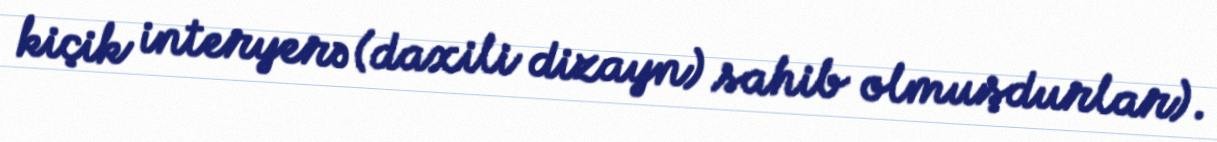
kiçik interyerə (daxili dizayn) sahib olmuşdurlar).